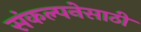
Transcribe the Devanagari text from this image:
संकल्पनेसाठी